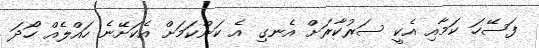
ފަސޭހަ ކަމާއި އެކީ ސަރުކާރަށް އެނގި އެ ކަންކަމަށް އެކަށޭނެ ހައްލެއް ހޯދަ